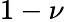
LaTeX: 1-\nu